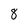
Character: 8